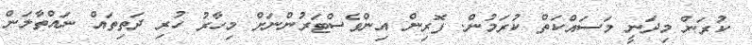
ކުރަން މިދަނީ މަސައްކަތް ކުރަމުން. ފޮރިން އިންވެސްޓަރުންނަށް މިހާރު ހުރި ދަތިތައް ނައްތާލަން